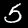
Label: 5